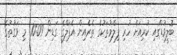
ބޮލީވުޑްގައި ކުރިއަށް ހުރި ފިލްމުތަކުގެ ތެރެއިން އެޕަލްގެ ގަޑިން 10:09: މި ވަގުތުގެ